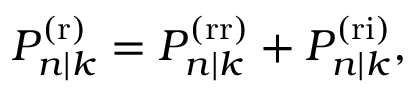
\begin{array} { r } { P _ { n | k } ^ { \mathrm { ( r ) } } = P _ { n | k } ^ { \mathrm { ( r r ) } } + P _ { n | k } ^ { \mathrm { ( r i ) } } , } \end{array}